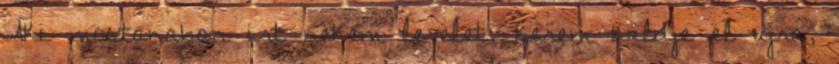
Aki mostanaban irt nekem levelet, kerem kuldje el ujra,